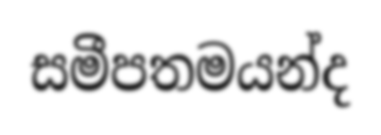
සමීපතමයන්ද